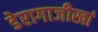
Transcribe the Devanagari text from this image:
डेरागाजीखां